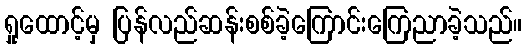
ရှုထောင့်မှ ပြန်လည်ဆန်းစစ်ခဲ့ကြောင်းကြေညာခဲ့သည်။